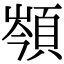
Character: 䫈